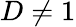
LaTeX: D\neq 1